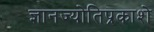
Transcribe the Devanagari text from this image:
ज्ञानज्योतिप्रकाशे